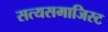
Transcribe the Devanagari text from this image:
सत्यसमाजिस्ट